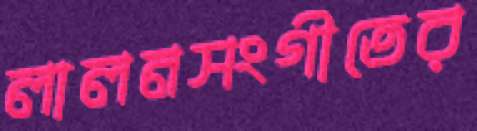
লালনসংগীতের